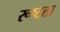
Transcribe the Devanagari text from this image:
रूष्टता